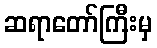
ဆရာတော်ကြီးမှ